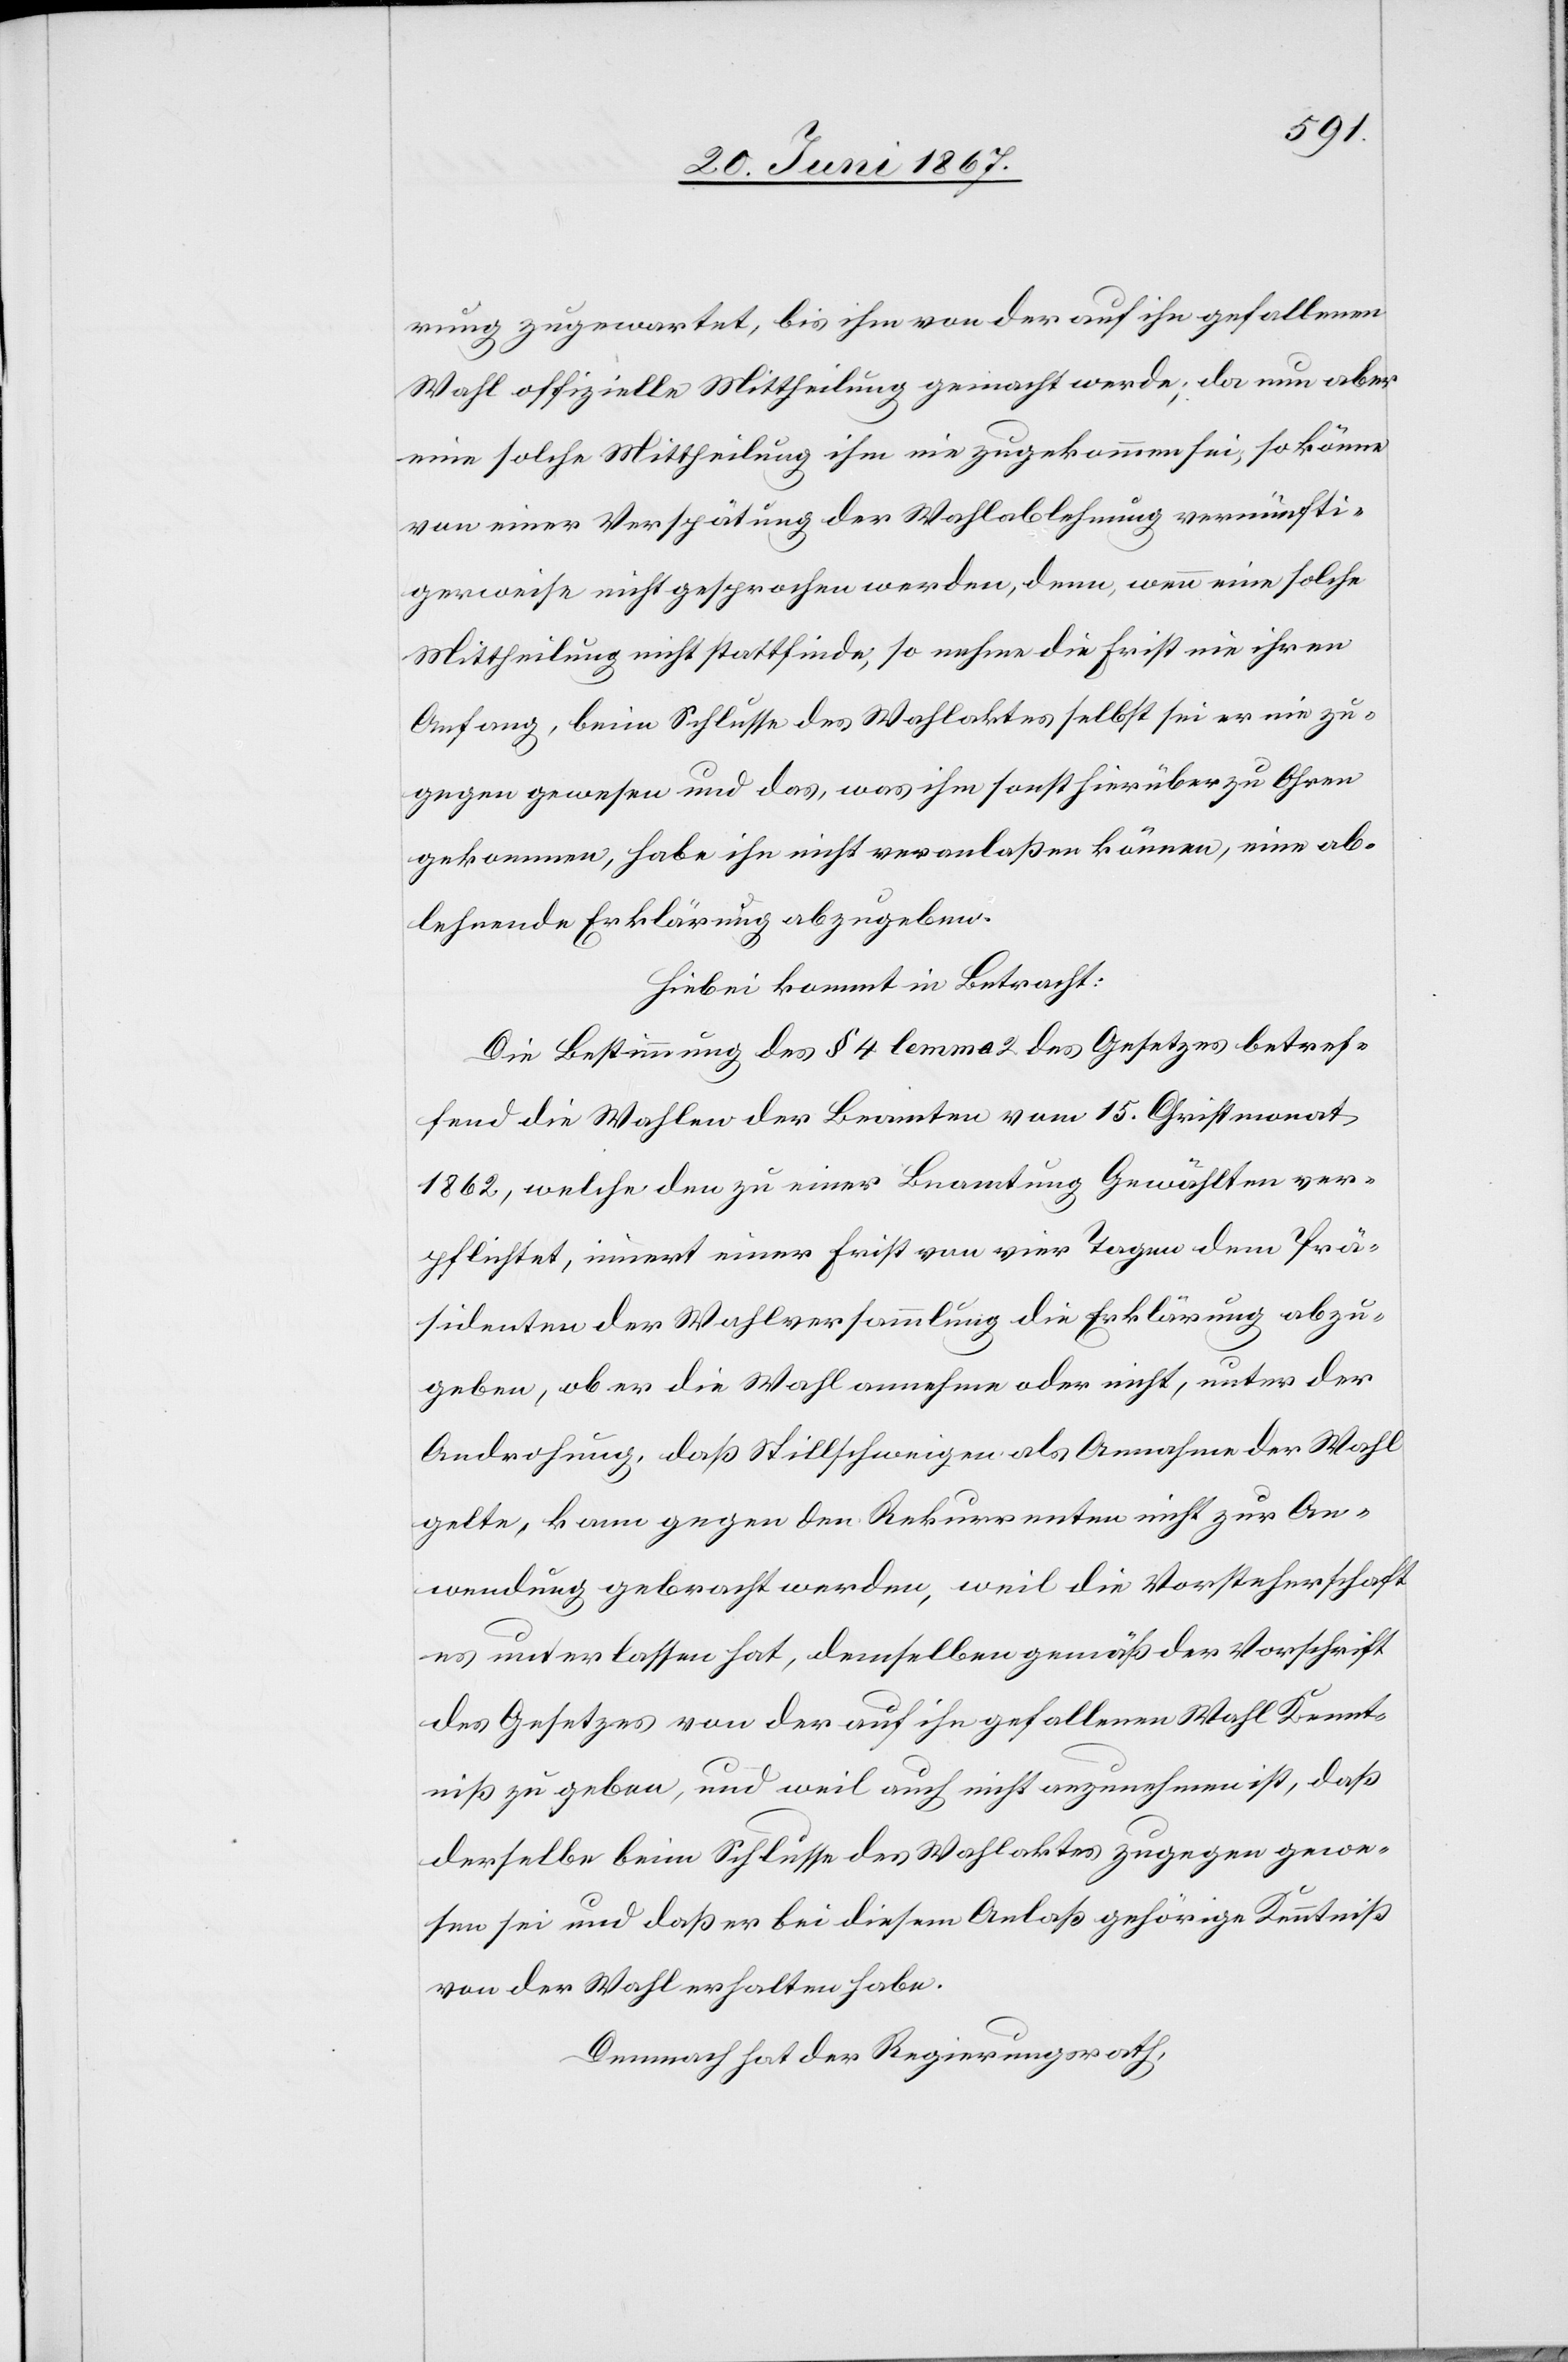
rung zugewartet, bis ihm von der auf ihn gefallenen
Wahl offizielle Mittheilung gemacht werde; da nun aber
eine solche Mittheilung ihm nie zugekommen sei, so könne
von einer Verspätung der Wahlablehnung vernünfti¬
gerweise nicht gesprochen werden, denn, wenn eine solche
Mittheilung nicht stattfinde, so nehme die Frist nie ihren
Anfang, beim Schlusse des Wahlaktes selbst sei er nie zu¬
gegen gewesen und das, was ihm sonst hierüber zu Ohren
gekommen, habe ihn nicht veranlaßen können, eine ab¬
lehnende Erklärung abzugeben.
Hiebei kommt in Betracht:
Die Bestimmung des § 4 lemma 2 des Gesetzes betref¬
fend die Wahlen der Beamten vom 15. Christmonat
1862 welche den zu einer Beamtung Gewählten ver¬
pflichtet, innert einer Frist von vier Tagen dem Prä¬
sidenten der Wahlversammlung die Erklärung abzu¬
geben, ob er die Wahl annehme oder nicht, unter der
Androhung, daß Stillschweigen als Annahme der Wahl
gelte, kann gegen den Rekurrenten nicht zur An¬
wendung gebracht werden, weil die Vorsteherschaft
es unterlassen hat, demselben gemäß der Vorschrift
des Gesetzes von der auf ihn gefallenen Wahl Kennt¬
niß zu geben, und weil auch nicht anzunehmen ist, daß
derselbe beim Schlusse des Wahlaktes zugegen gewe¬
sen sei und daß er bei diesem Anlaß gehörige Kenntniß
von der Wahl erhalten habe.
Demnach hat der Regierungsrath,